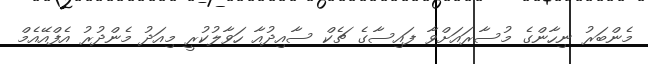
މެންބަރު ނިހާންގެ މުސާރައަށްވާ ފައިސާގެ ޗެކް ސާއިދުއާ ހަވާލުކުރީ މިއަދު މެންދުރު އެފްއޭއެމް